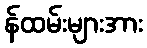
န်ထမ်းများအား